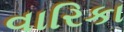
વારિકા